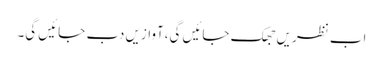
اب نظریں جھک جائیں گی،آوازیں دب جائیں گی۔